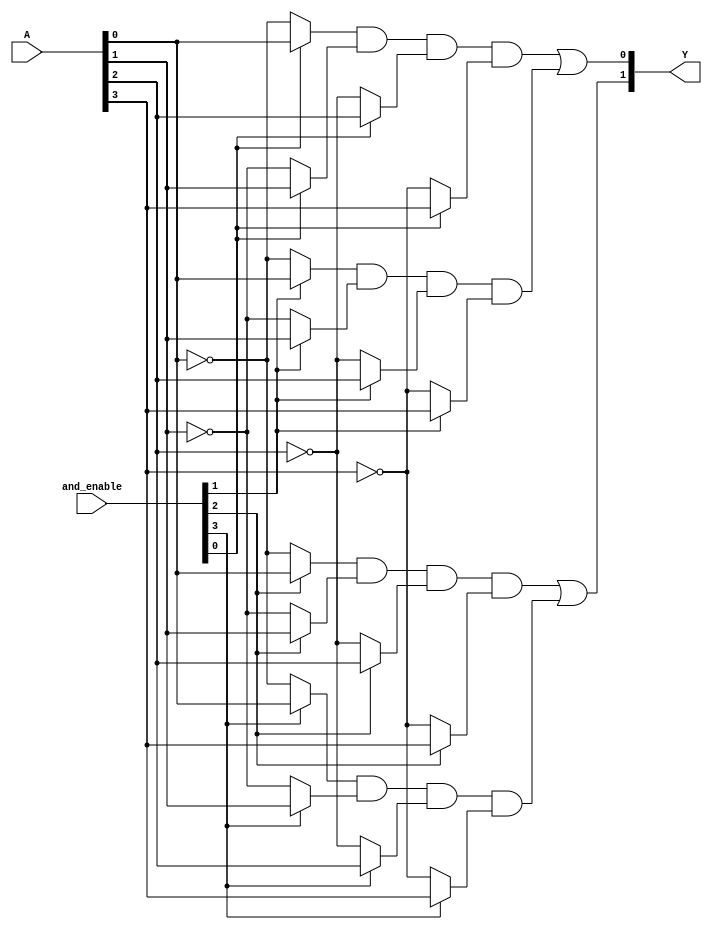
module GPAL #(parameter NUM_INPUTS = 4, // Number of inputs
              parameter NUM_AND_GATES = 4, // Number of AND gates
              parameter NUM_OR_GATES = 2) // Number of OR gates
(
    input wire [NUM_INPUTS-1:0] A, // Input lines
    input wire [NUM_AND_GATES-1:0] and_enable, // Control signals for AND gates
    output wire [NUM_OR_GATES-1:0] Y // Output lines
);

// Internal wires for the AND gate outputs
wire [NUM_AND_GATES-1:0] P; // Product terms from AND gates

// Programmable AND array
genvar i;
generate
    for (i = 0; i < NUM_AND_GATES; i = i + 1) begin : and_array
        wire and_input1 = (and_enable[i]) ? A[0] : ~A[0]; // Example: first input is programmable
        wire and_input2 = (and_enable[i]) ? A[1] : ~A[1]; // Example: second input is programmable
        wire and_input3 = (and_enable[i]) ? A[2] : ~A[2]; // Example: third input is programmable
        wire and_input4 = (and_enable[i]) ? A[3] : ~A[3]; // Example: fourth input is programmable
        
        // AND gate logic (assumed 4 inputs per AND gate)
        assign P[i] = and_input1 & and_input2 & and_input3 & and_input4;
    end
endgenerate

// Fixed OR array
assign Y[0] = P[0] | P[1]; // OR gate 1 output
assign Y[1] = P[2] | P[3]; // OR gate 2 output

endmodule